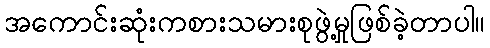
အကောင်းဆုံးကစားသမားစုဖွဲ့မှုဖြစ်ခဲ့တာပါ။